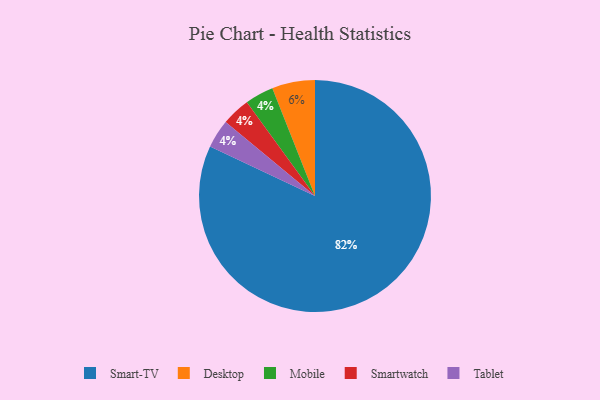
{"axis": {"x": "Category", "y": "Percentage"}, "legend": ["Desktop", "Mobile", "Smart-TV", "Smartwatch", "Tablet"], "data": [{"x": "Mobile", "y": 4, "type": "Mobile"}, {"x": "Desktop", "y": 6, "type": "Desktop"}, {"x": "Smart-TV", "y": 82, "type": "Smart-TV"}, {"x": "Smartwatch", "y": 4, "type": "Smartwatch"}, {"x": "Tablet", "y": 4, "type": "Tablet"}]}